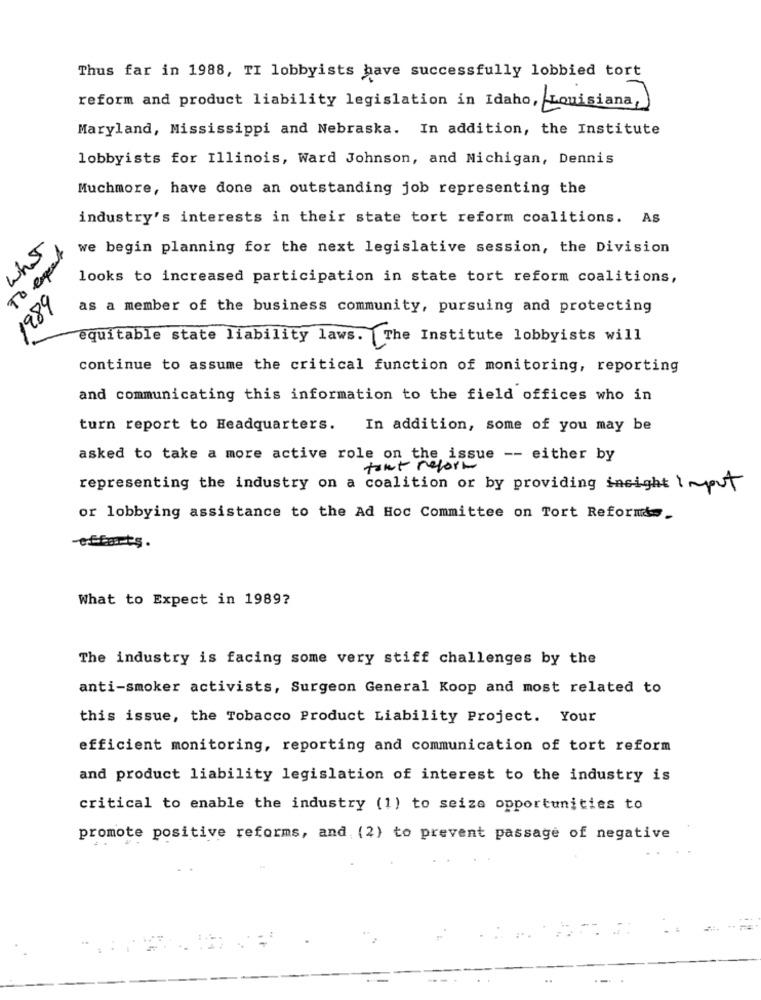
Thus far in 1988, TI lobbyists have successfully lobbied tort
reform and product liability legislation in Idaho, Louisiana,
Maryland, Mississippi and Nebraska. In addition, the Institute
lobbyists for Illinois, Ward Johnson, and Michigan, Dennis
Muchmore, have done an outstanding job representing the
industry's interests in their state tort reform coalitions. As
why
we begin planning for the next legislative session, the Division
50 0mg
looks to increased participation in state tort reform coalitions,
1989
as a member of the business community, pursuing and protecting
equitable state liability laws. The Institute lobbyists will
continue to assume the critical function of monitoring, reporting
and communicating this information to the field offices who in
turn report to Headquarters. In addition, some of you may be
asked to take a more active role on the issue -- either by
tout report
representing the industry on a coalition or by providing insight imput
or lobbying assistance to the Ad Hoc Committee on Tort Reform.
-effarts.
What to Expect in 1989?
The industry is facing some very stiff challenges by the
anti-smoker activists, Surgeon General Koop and most related to
this issue, the Tobacco Product Liability Project. Your
efficient monitoring, reporting and communication of tort reform
and product liability legislation of interest to the industry is
critical to enable the industry (1) to seiza opportunities to
promote positive reforms, and (2) to prevent passage of negative